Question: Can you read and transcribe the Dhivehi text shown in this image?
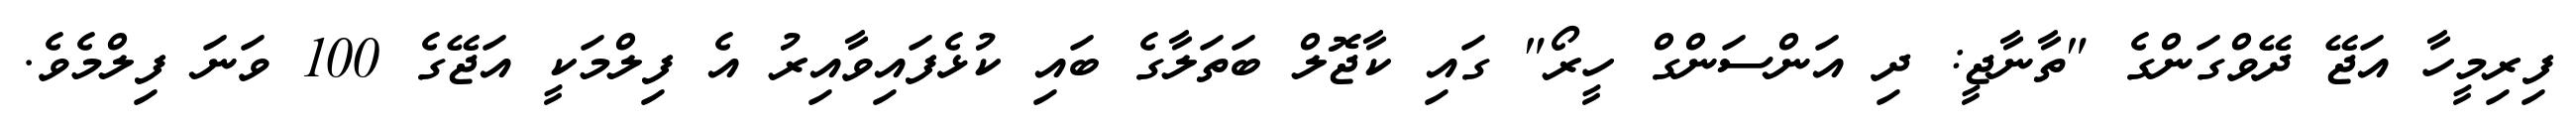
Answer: ފިރިމީހާ އަޖޭ ދޭވްގަންގެ "ތާނާޖީ: ދި އަންސަންގް ހީރޯ" ގައި ކާޖޮލް ބަތަލާގެ ބައި ކުޅެފައިވާއިރު އެ ފިލްމަކީ އަޖޭގެ 100 ވަނަ ފިލްމެވެ.